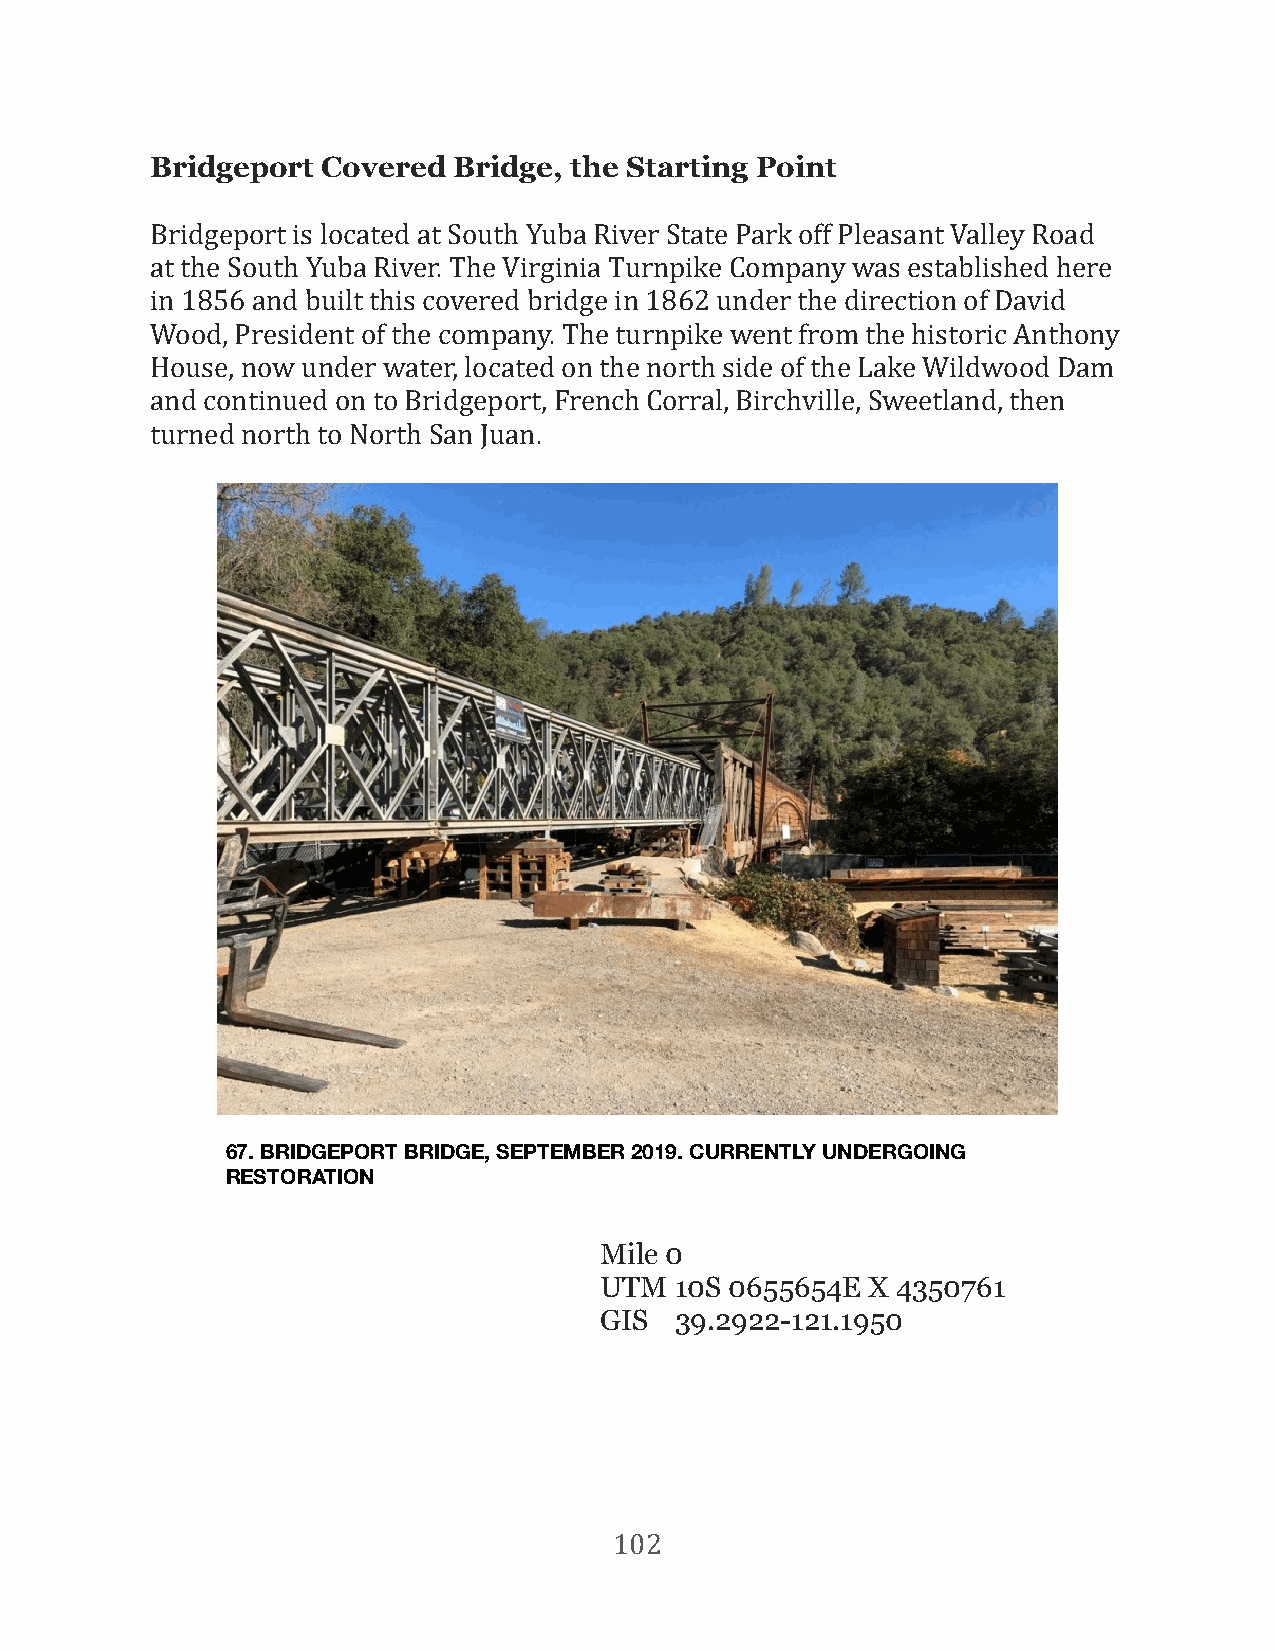
Bridgeport Covered  Bridge, the Starting Point
 Bridgeport is located at South Yuba River State Park off Pleasant Valley Road
 at the South Yuba River. The Virginia Turnpike Company was established here
 in 1856 and built this covered bridge in 1862 under the direction of David
 Wood, President of the company. The turnpike went from the historic Anthony
 House, now under water, located on the north side of the Lake Wildwood Dam
 and continued on to Bridgeport, French Corral, Birchville, Sweetland, then
 turned north to North San Juan.
 67. BRIDGEPORT BRIDGE, SEPTEMBER 2019. CURRENTLY UNDERGOING
 RESTORATION
 Mile 0
 UTM  10S 0655654E X 4350761
 GIS  39.2922-121.1950
 102